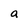
Character: a